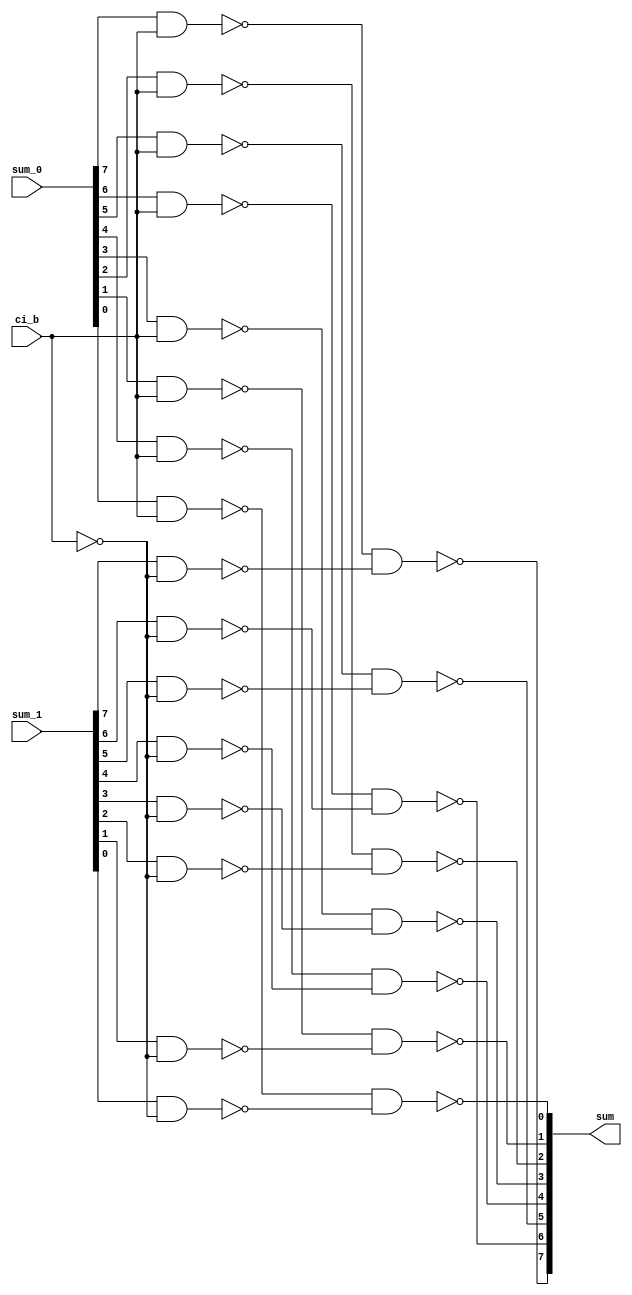
module tri_st_add_csmux(
   sum_0,
   sum_1,
   ci_b,
   sum
);
   input [0:7]  sum_0;		// after xor
   input [0:7]  sum_1;
   input        ci_b;
   output [0:7] sum;

   wire [0:7]   sum0_b;
   wire [0:7]   sum1_b;
   wire         int_ci;
   wire         int_ci_t;
   wire         int_ci_b;

   assign int_ci = (~ci_b);
   assign int_ci_t = (~ci_b);
   assign int_ci_b = (~int_ci_t);

   assign sum0_b[0] = (~(sum_0[0] & int_ci_b));
   assign sum0_b[1] = (~(sum_0[1] & int_ci_b));
   assign sum0_b[2] = (~(sum_0[2] & int_ci_b));
   assign sum0_b[3] = (~(sum_0[3] & int_ci_b));
   assign sum0_b[4] = (~(sum_0[4] & int_ci_b));
   assign sum0_b[5] = (~(sum_0[5] & int_ci_b));
   assign sum0_b[6] = (~(sum_0[6] & int_ci_b));
   assign sum0_b[7] = (~(sum_0[7] & int_ci_b));

   assign sum1_b[0] = (~(sum_1[0] & int_ci));
   assign sum1_b[1] = (~(sum_1[1] & int_ci));
   assign sum1_b[2] = (~(sum_1[2] & int_ci));
   assign sum1_b[3] = (~(sum_1[3] & int_ci));
   assign sum1_b[4] = (~(sum_1[4] & int_ci));
   assign sum1_b[5] = (~(sum_1[5] & int_ci));
   assign sum1_b[6] = (~(sum_1[6] & int_ci));
   assign sum1_b[7] = (~(sum_1[7] & int_ci));

   assign sum[0] = (~(sum0_b[0] & sum1_b[0]));
   assign sum[1] = (~(sum0_b[1] & sum1_b[1]));
   assign sum[2] = (~(sum0_b[2] & sum1_b[2]));
   assign sum[3] = (~(sum0_b[3] & sum1_b[3]));
   assign sum[4] = (~(sum0_b[4] & sum1_b[4]));
   assign sum[5] = (~(sum0_b[5] & sum1_b[5]));
   assign sum[6] = (~(sum0_b[6] & sum1_b[6]));
   assign sum[7] = (~(sum0_b[7] & sum1_b[7]));

endmodule